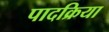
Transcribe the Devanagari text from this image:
पादक्रिया